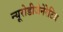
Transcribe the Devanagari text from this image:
न्यूरोडीजेनेरेटिव